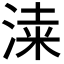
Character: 𣸡